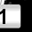
Digit: 1